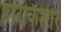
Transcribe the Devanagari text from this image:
हरिकिशोर